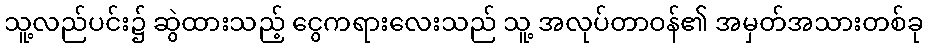
သူ့လည်ပင်း၌ ဆွဲထားသည့် ငွေကရားလေးသည် သူ့ အလုပ်တာဝန်၏ အမှတ်အသားတစ်ခု